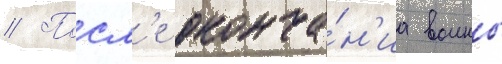
// Посл'е оконча́н'иа воины